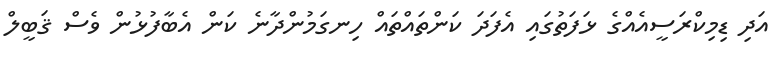
އަދި ޑިމިކްރަސީއެއްގެ ޅަފަތުގައި އެފަދަ ކަންތައްތައް ހިނގަމުންދާނެ ކަން އެބާފުޅުން ވެސް ޤަބީލް